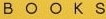
B O O K S